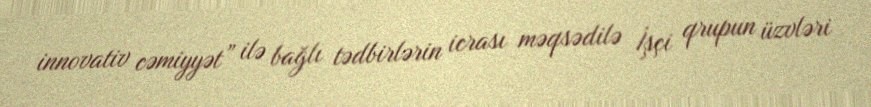
innovativ cəmiyyət” ilə bağlı tədbirlərin icrası məqsədilə İşçi qrupun üzvləri